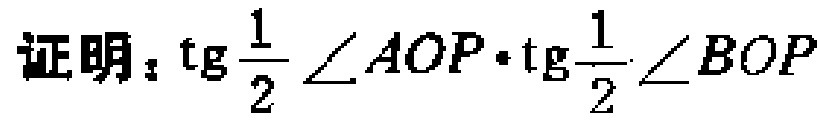
证明：\(\operatorname{tg}\frac{1}{2}\angle AOP\cdot\operatorname{tg}\frac{1}{2}\angle BOP\)